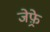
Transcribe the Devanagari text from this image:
जेफ़्रे